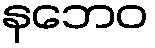
နဘေဝ